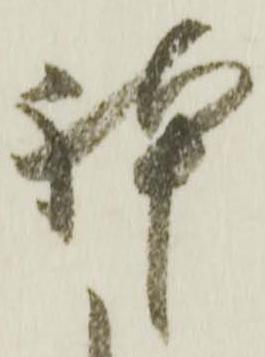
躰